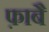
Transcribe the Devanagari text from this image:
फ़ाबै